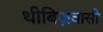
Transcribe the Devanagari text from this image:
थीबिज़वासी